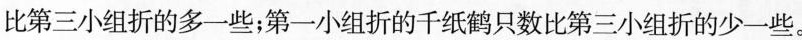
比第三小组折的多一些；第一小组折的千纸鹤只数比第三小组折的少一些。